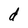
Character: d